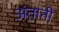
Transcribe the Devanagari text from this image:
अंतानी